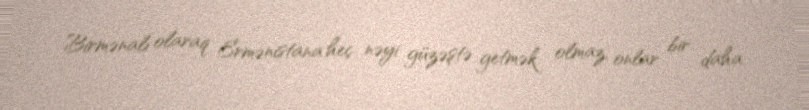
Birmənalı olaraq Ermənistana heç nəyi güzəştə getmək olmaz, onlar bir daha